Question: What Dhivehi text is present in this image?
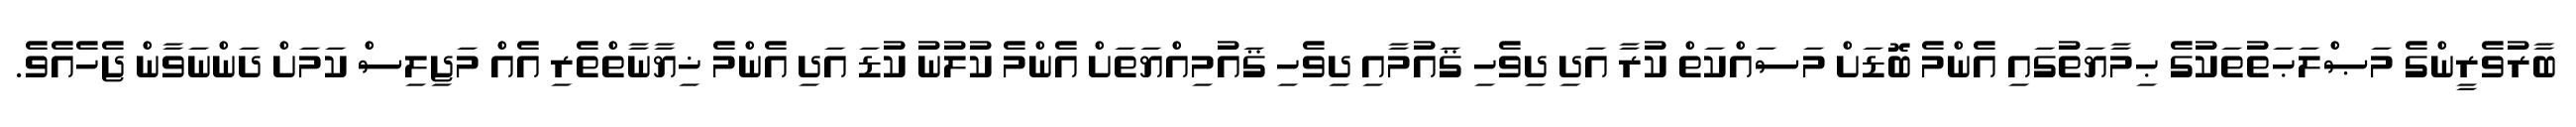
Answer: ބާރުވެރީންގެ މަޞްލަޙަތުތަކުގެ ޙިމާޔަތުގައި އެންމެ ބޮޑަށް މަސައްކަތް ކުރާ އަދި ދިވެހި ޤައުމާއި ދިވެހި ޤައުމިއްޔަތަށް އެންމެ ކުލުނު ކުޑަ އަދި އެންމެ ޚިޔާނާތްތެރި އެއް މަޖިލިސް ކަމަށް ދަންނަވާން ޖެހެއެވެ.